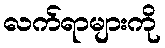
လက်ရာများကို